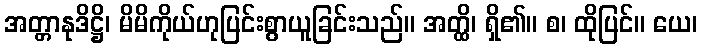
အတ္တာနုဒိဋ္ဌိ၊ မိမိကိုယ်ဟုပြင်းစွာယူခြင်းသည်။ အတ္ထိ၊ ရှိ၏။ စ၊ ထိုပြင်။ ယေ၊